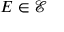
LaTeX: E \in { \mathcal { E } }